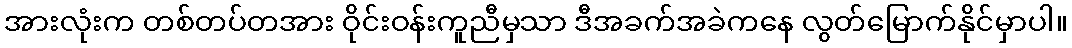
အားလုံးက တစ်တပ်တအား ဝိုင်းဝန်းကူညီမှသာ ဒီအခက်အခဲကနေ လွတ်မြောက်နိုင်မှာပါ။